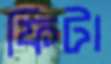
ফিটা